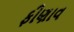
ફીણાવ